Scottish Leaving Certificate Examination, 1961
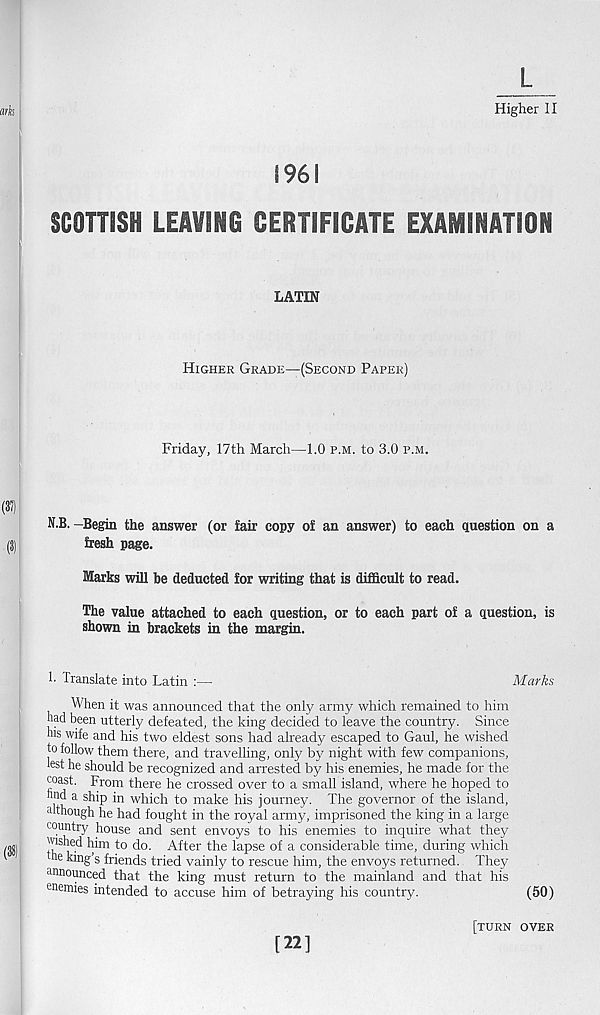
S96I
l
Higher II
ark
SCOTTISH LEAVING CERTIFICATE EXAMINATION
LATIN
Higher Grade—(Second Paper)
Friday, 17th March—1.0 p.m. to 3.0 p.m.
(35)
N.B. -Begin the answer (or fair copy of an answer) to each question on a
(3)
fresh page.
Marks will be deducted for writing that is difficult to read.
The value attached to each question, or to each part of a question, is
shown in brackets in the margin.
h Translate into Latin :—
Marks
When it was announced that the only army which remained to him
had been utterly defeated, the king decided to leave the country. Since
his wife and his two eldest sons had already escaped to Gaul, he wished
to follow them there, and travelling, only by night with few companions,
test he should be recognized and arrested by his enemies, he made for the
coast. From there he crossed over to a small island, where he hoped to
hnd a ship in which to make his journey. The governor of the island,
although he had fought in the royal army, imprisoned the king in a large
country house and sent envoys to his enemies to inquire what they
wished him to do. After the lapse of a considerable time, during which
ne king’s friends tried vainly to rescue him, the envoys returned. They
announced that the king must return to the mainland and that his
enemies intended to accuse him of betraying his country.
(50)
[turn over
[22]